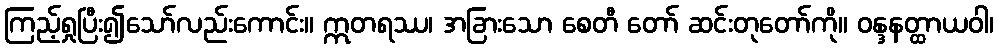
ကြည့်ရှုပြီး၍သော်လည်းကောင်း။ ဣတရဿ၊ အခြားသော စေတီ တော် ဆင်းတုတော်ကို။ ဝန္ဒနတ္ထာယဝါ၊